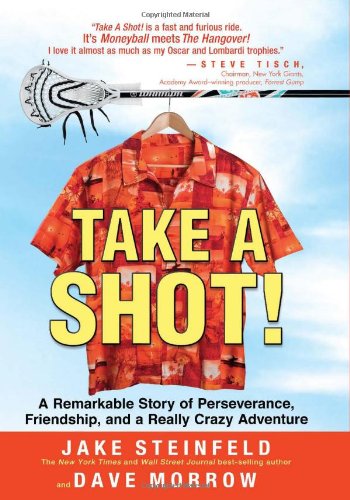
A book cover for Take A Shot!: A Remarkable Story of Perseverance, Friendship, and a Really Crazy Adventure; Jake Steinfeld; Sports & Outdoors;